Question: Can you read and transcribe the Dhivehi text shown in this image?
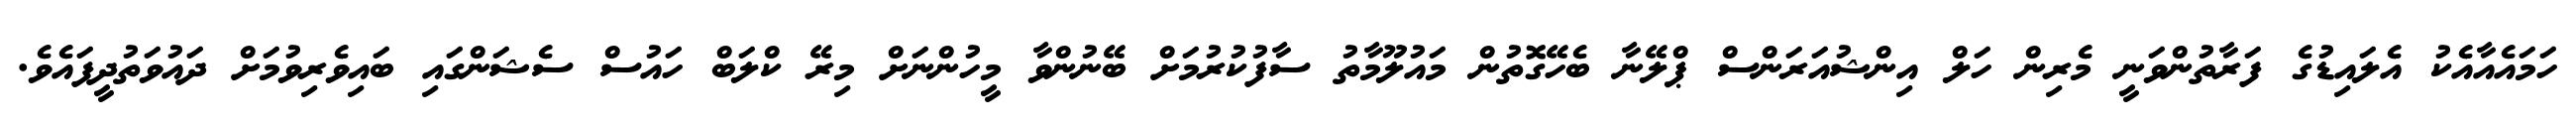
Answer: ހަމައެއާއެކު އެލައިޑުގެ ފަރާތުންވަނީ މެރިން ހަލް އިންޝުއަރަންސް ޕްލޭނާ ބެހޭގޮތުން މައުލޫމާތު ސާފުކުރުމަށް ބޭނުންވާ މީހުންނަށް މިރޭ ކްލަބް ހައުސް ސެޝަންގައި ބައިވެރިވުމަށް ދައުވަތުދީފައެވެ.